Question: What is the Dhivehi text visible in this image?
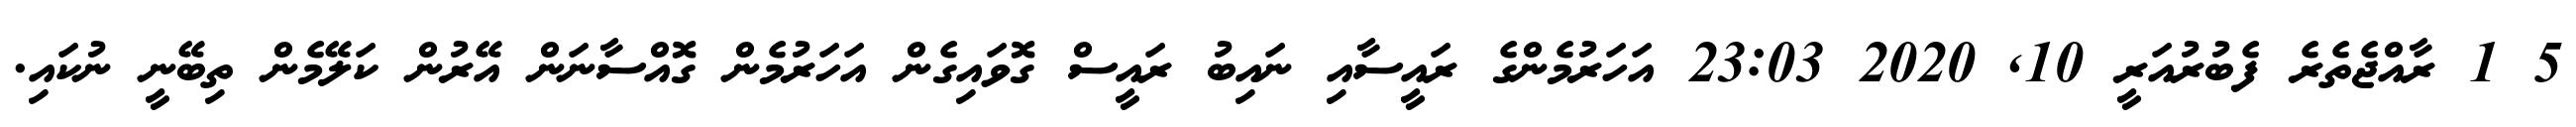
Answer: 5 1 ރާއްޖެތެރެ ފެބުރުއަރީ 10, 2020 23:03 އަހަރުމެންގެ ރައީސާއި ނައިބު ރައީސް ގޮވައިގެން އަހަރުމެން ގޮއްސާނަން އޭރުން ކަލޭމެން ތިބޭނީ ނުކައި.